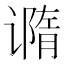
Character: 𰶇